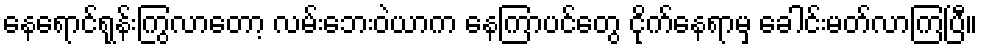
နေရောင်ရုန်းကြွလာတော့ လမ်းဘေးဝဲယာက နေကြာပင်တွေ ငိုက်နေရာမှ ခေါင်းမတ်လာကြပြီ။